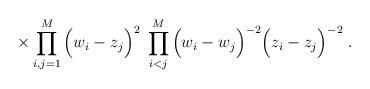
\begin{align*}\times \prod_{i,j=1}^M \Big(w_i - z_j\Big)^2 \;\prod_{i<j}^M \Big(w_i - w_j\Big)^{-2} \Big(z_i - z_j\Big)^{-2} \; .\end{align*}